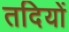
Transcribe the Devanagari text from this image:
तदियों